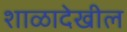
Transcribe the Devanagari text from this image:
शाळादेखील